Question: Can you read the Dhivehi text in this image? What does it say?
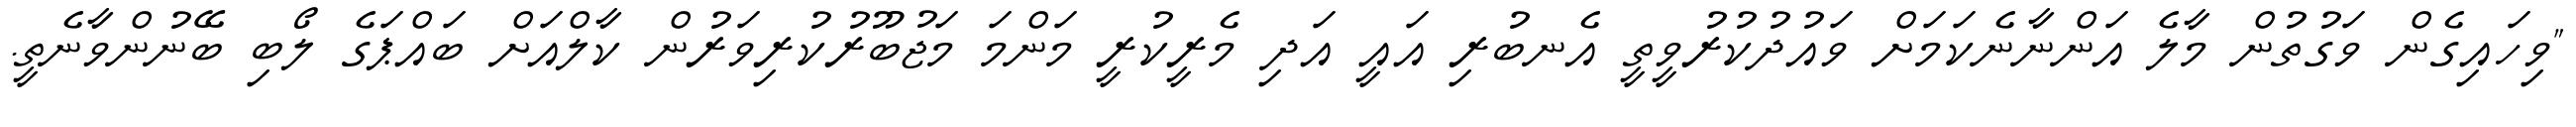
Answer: "ވިހައިގެން ވަގުތުން މާލެ އަންނާނެކަމަށް ވައުދުކުރުވީތީ އެނބުރި އައީ އަދި މެރީކުރީ މަންމަ މަޖުބޫރުކުރިވަރުން ކާލްއަށް ބައްޕަގެ ލޯބި ބޭނުންވާނެތީ.